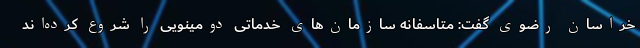
خراسان رضوی گفت: متاسفانه سازمان‌های خدماتی دومینویی را شروع کرده‌اند